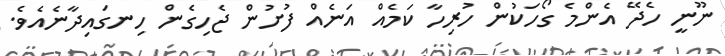
ނޫނީ ހެދޭ އެންމެ ގޯހަކުން ހުރިހާ ކަމެއް އަނެއް ފުށުން ޖެހިގެން ހިނގައިދާނެއެވެ.